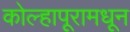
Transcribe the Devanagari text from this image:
कोल्हापूरामधून